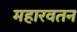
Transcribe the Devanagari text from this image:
महारवतन